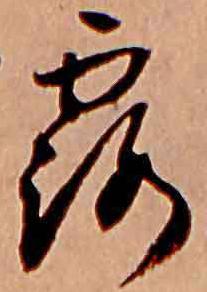
露